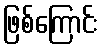
ဖြစ်ကြောင်း